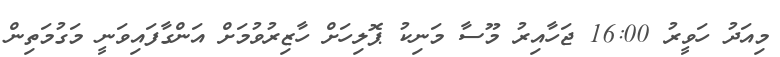
މިއަދު ހަވީރު 16:00 ޖަހާއިރު މޫސާ މަނިކު ޕޮލިހަށް ހާޒިރުވުމަށް އަންގާފައިވަނީ މަގުމަތިން